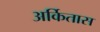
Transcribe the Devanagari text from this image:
अर्कितास